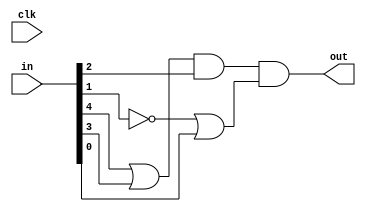
`timescale 1ns / 1ps
//////////////////////////////////////////////////////////////////////////////////
// Company: 
// Engineer: 
// 
// Design Name: 
// Module Name: var1
// Project Name: 
// Target Devices: 
// Tool Versions: 
// Description: 
// 
// Dependencies: 
// 
// Revision:
// Revision 0.01 - File Created
// Additional Comments:
// 
//////////////////////////////////////////////////////////////////////////////////


module var1(
    input clk,
    input [4:0] in,
    output out
    );
    
    assign out = (in[4] || in[3]) && in[2] && (!in[1] || in[0]);
endmodule